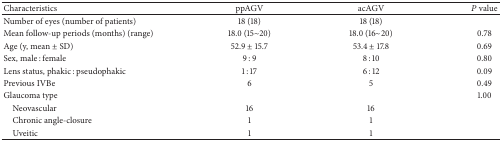
<table><thead><tr><td><b>Characteristics</b></td><td><b>ppAGV</b></td><td><b>acAGV</b></td><td><b><i>P</i> value</b></td></tr></thead><tbody><tr><td>Number of eyes (number of patients)</td><td>18 (18)</td><td>18 (18)</td><td> </td></tr><tr><td>Mean follow-up periods (months) (range)</td><td>18.0 (15~20)</td><td>18.0 (16~20)</td><td>0.78</td></tr><tr><td>Age (y, mean ± SD)</td><td>52.9 ± 15.7</td><td>53.4 ± 17.8</td><td>0.69</td></tr><tr><td>Sex, male : female</td><td>9 : 9</td><td>8 : 10</td><td>0.80</td></tr><tr><td>Lens status, phakic : pseudophakic</td><td>1 : 17</td><td>6 : 12</td><td>0.09</td></tr><tr><td>Previous IVBe </td><td>6</td><td>5</td><td>0.49</td></tr><tr><td>Glaucoma type </td><td> </td><td> </td><td>1.00</td></tr><tr><td> Neovascular</td><td>16</td><td>16</td></tr><tr><td> Chronic angle-closure</td><td>1</td><td>1</td></tr><tr><td> Uveitic</td><td>1</td><td>1</td></tr></tbody></table>